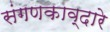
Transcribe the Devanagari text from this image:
संगणकाव्दारे